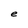
Character: e